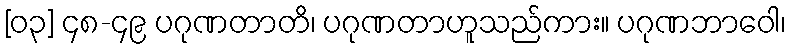
[၀၃] ၄၈-၄၉ ပဂုဏတာတိ၊ ပဂုဏတာဟူသည်ကား။ ပဂုဏဘာဝေါ၊